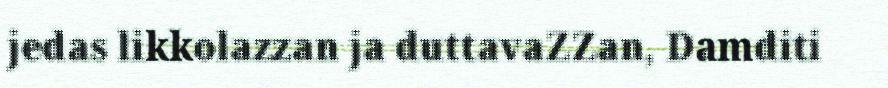
jedas likkolazzan ja duttavaZZan, Damditi